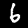
Label: 6